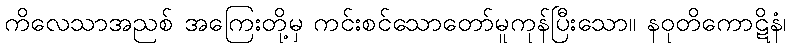
ကိလေသာအညစ် အကြေးတို့မှ ကင်းစင်သောတော်မူကုန်ပြီးသော။ နဝုတိကောဋိနံ၊